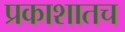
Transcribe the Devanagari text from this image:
प्रकाशातच